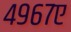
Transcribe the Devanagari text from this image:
४९६७ए